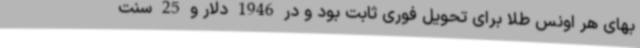
بهای هر اونس طلا برای تحویل فوری ثابت بود و در 1946 دلار و 25 سنت